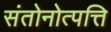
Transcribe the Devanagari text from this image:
संतोनोत्पत्ति